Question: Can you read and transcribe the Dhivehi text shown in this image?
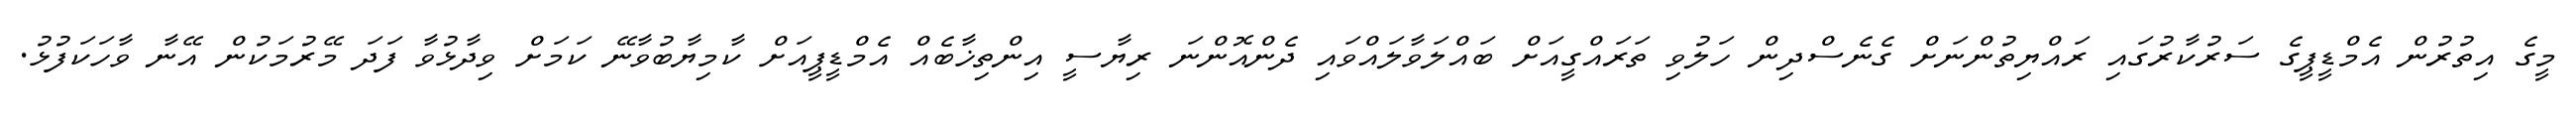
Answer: މީގެ އިތުރުން އެމްޑީޕީގެ ސަރުކާރުގައި ރައްޔިތުންނަށް ގެނެސްދިން ހަލުވި ތަރައްގީއަށް ބައްލަވާލައްވައި ދެންއޮންނަ ރިޔާސީ އިންތިޚާބެއް އެމްޑީޕީއަށް ކާމިޔާބުވާނޭ ކަމަށް ވިދާޅުވާ ފަދަ މޭރުމަކުން އޭނާ ވާހަކަފުޅު.